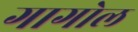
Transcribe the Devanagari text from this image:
गागोल